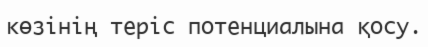
көзінің теріс потенциалына қосу.